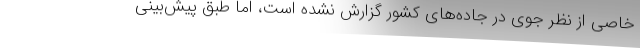
خاصی از نظر جوی در جاده‌های کشور گزارش نشده است، اما طبق پیش‌بینی